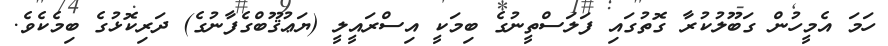
ހަމަ އެމީހުން ގަބޫލުކުރާ ގޮތުގައި ފަލަސްތީނުގެ ބިމަކީ އިސްރައީލީ (ޔަޢުޤޫބްގެފާނުގެ) ދަރިކޮޅުގެ ބިމެކެވެ.